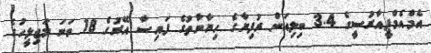
އެމްއެމްޕީއާރުސީގެ 3.4 ބިލިއަން ރުފިޔާގެ ހިޔާނާތުގެ ފައިސާ އޭރުގެ 18 ވަނަ މަޖިލީހުގެ